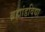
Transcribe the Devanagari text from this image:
ब्रह्मांडविद्या